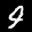
Label: 4